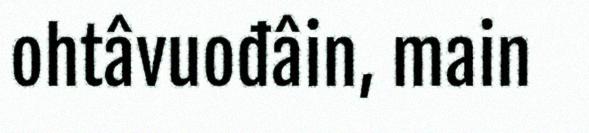
ohtâvuođâin, main